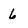
Character: 6